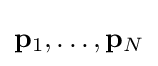
\mathbf {p} _{1},\ldots ,\mathbf {p} _{N}